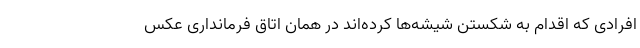
افرادی که اقدام به شکستن شیشه‌ها کرده‌اند در همان اتاق فرمانداری عکس